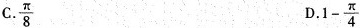
C.$$\frac{\pi}{8}$$ D.$$1- \frac{\pi}{4}$$